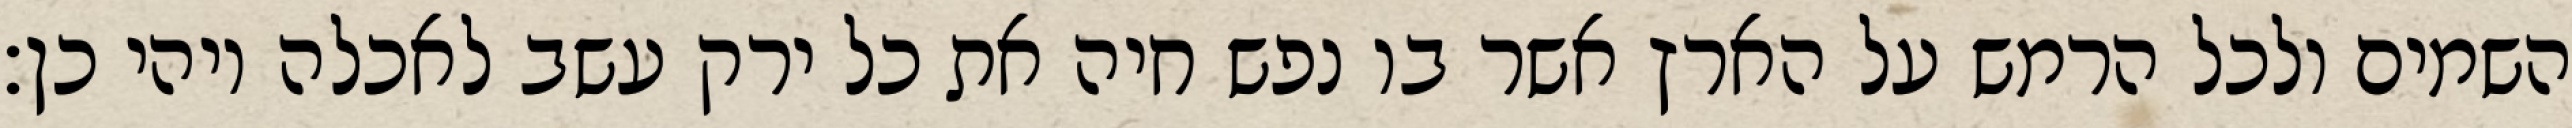
השמים ולכל הרמש על הארץ אשר בו נפש חיה את כל ירק עשב לאכלה ויהי כן׃